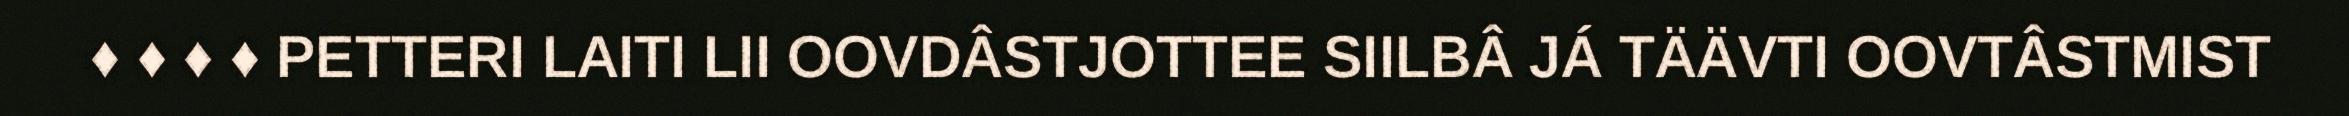
♦ ♦ ♦ ♦ PETTERI LAITI LII OOVDÂSTJOTTEE SIILBÂ JÁ TÄÄVTI OOVTÂSTMIST